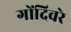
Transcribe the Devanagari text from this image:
गोंदिवरे